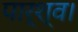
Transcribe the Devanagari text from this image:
पार्श्व।